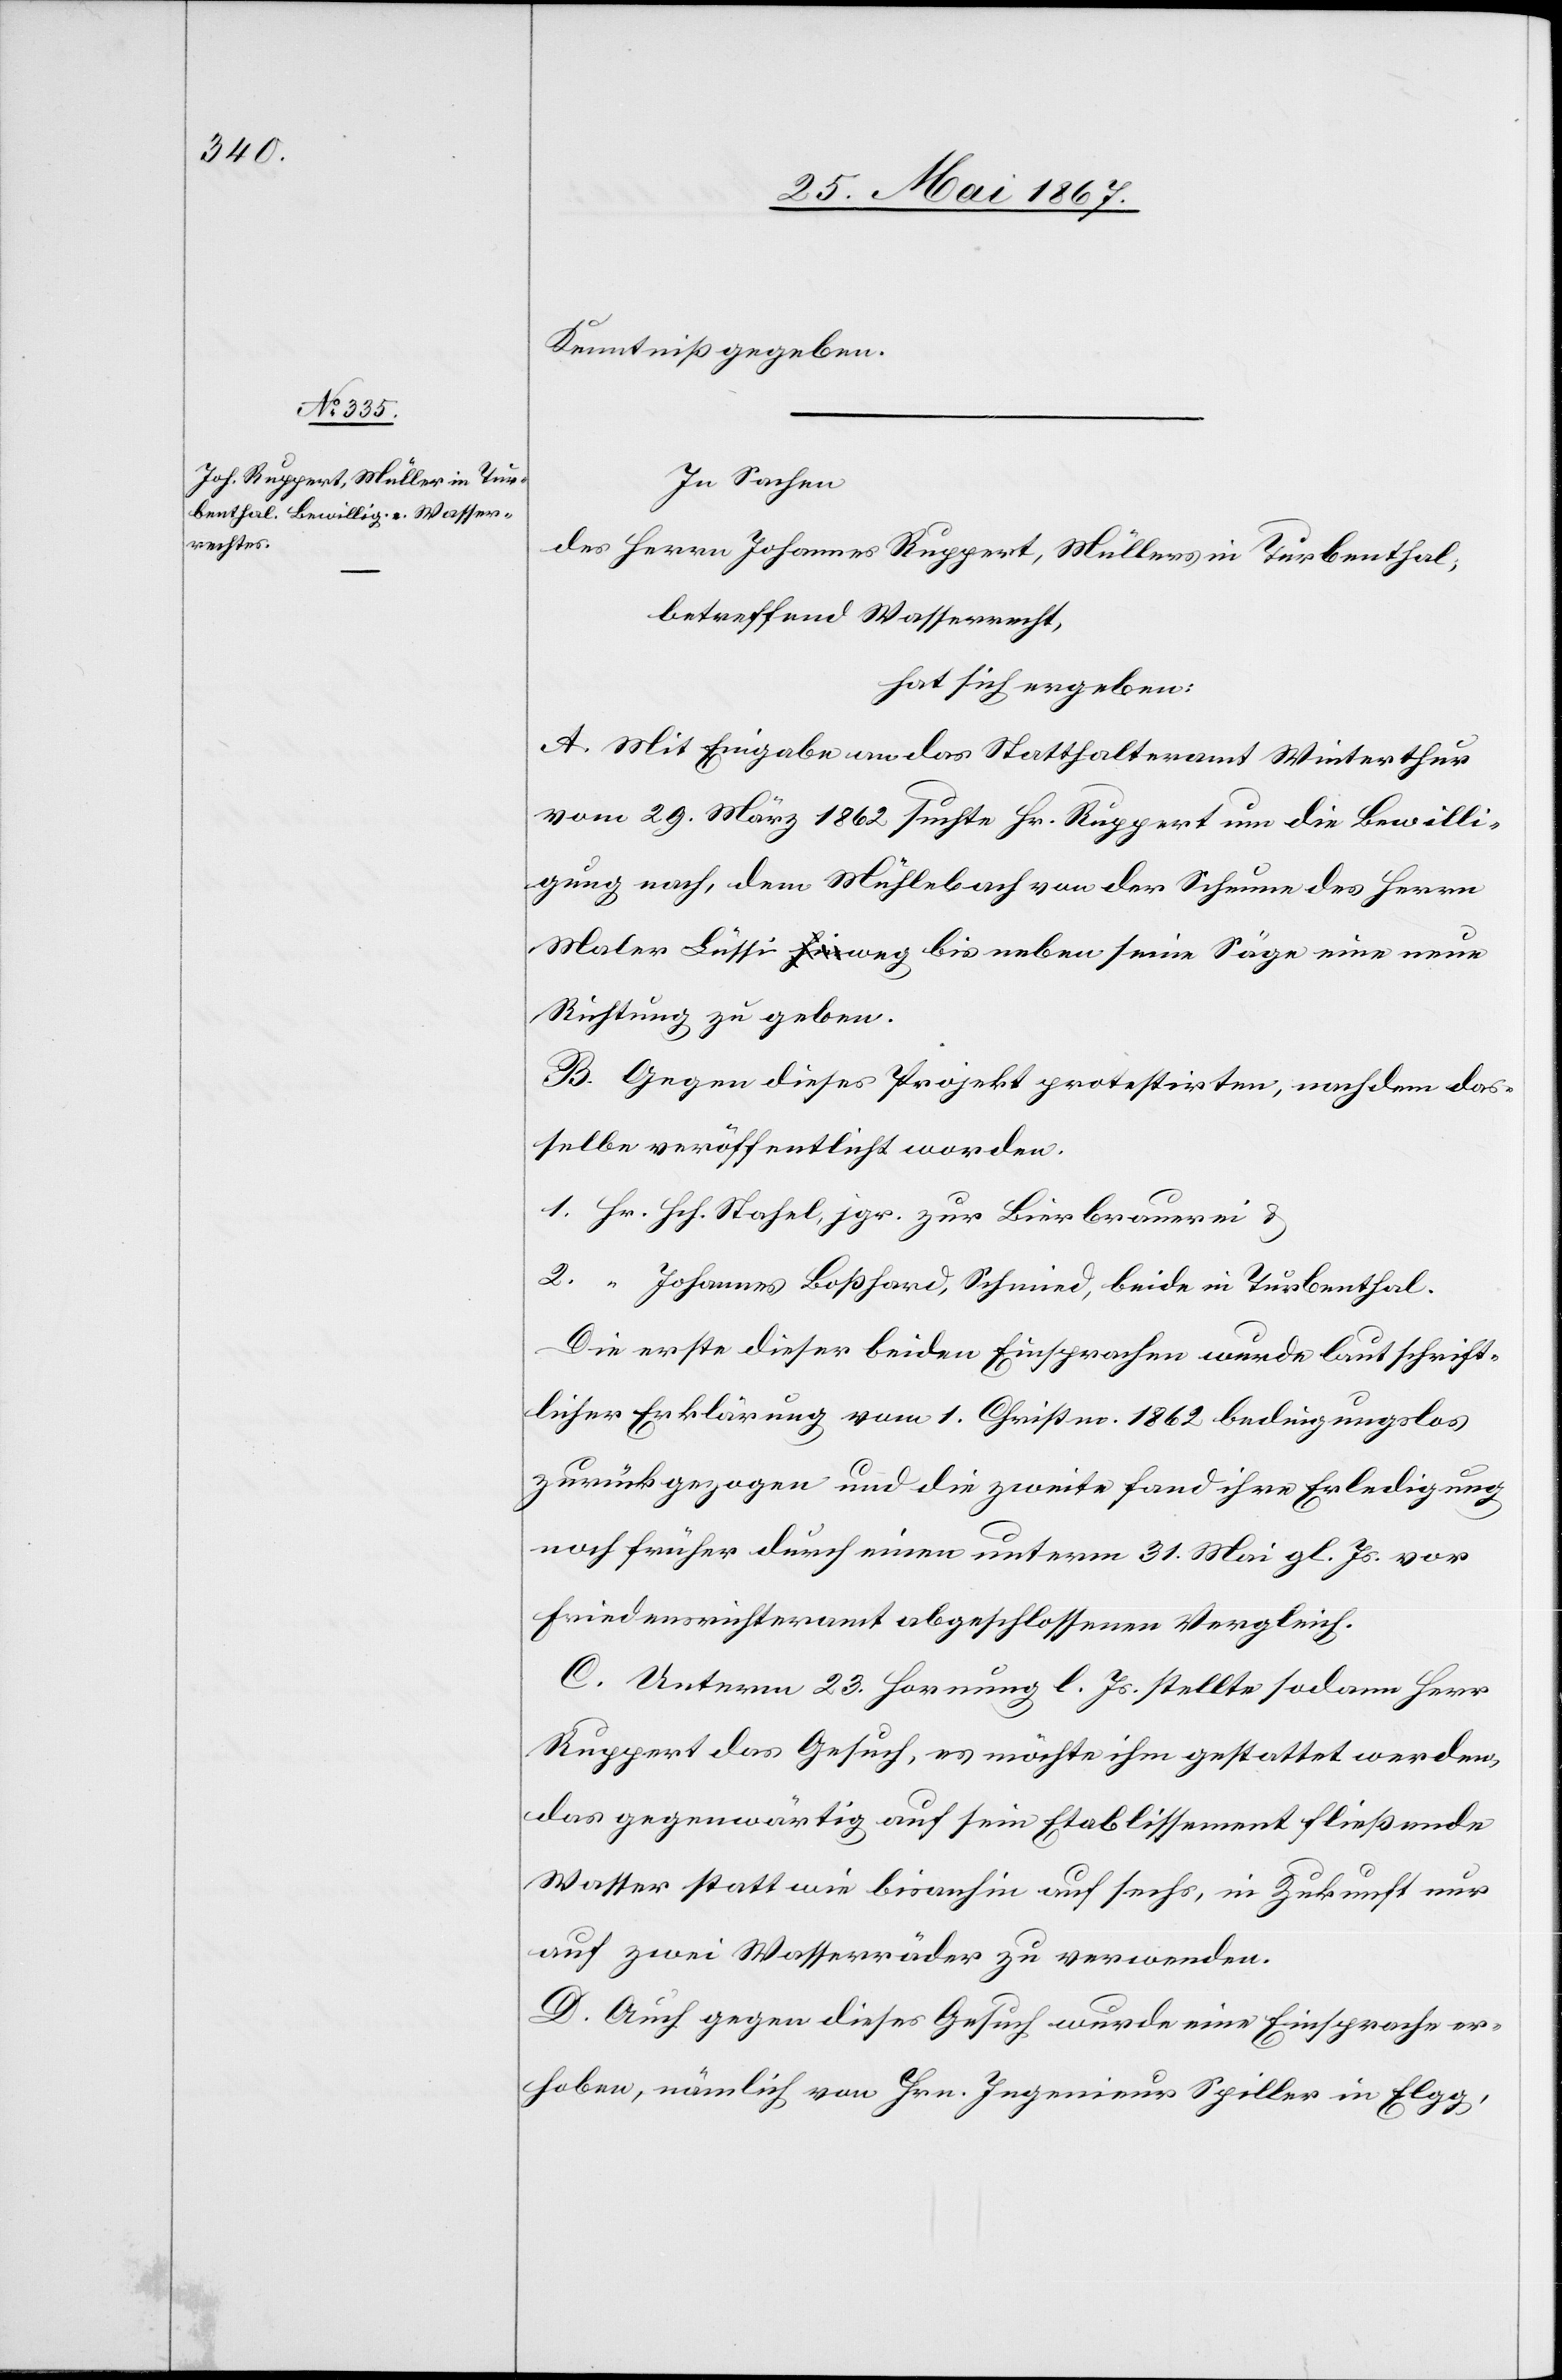
Kenntniß gegeben.
In Sachen
des Herrn Johannes Ruppert, Müllers in Turbenthal,
betreffend Wasserrecht,
hat sich ergeben:
A. Mit Eingabe an das Statthalteramt Winterthur
vom 29. März 1862 suchte Hr. Ruppert um die Bewilli¬
gung nach, dem Mühlebach von der Scheune des Herrn
Maler Lüssi weg bis neben seine Säge eine neue
Richtung zu geben.
B. Gegen dieses Projekt protestirten, nachdem das¬
selbe veröffentlicht worden.
1. Hr. Hch. Stahel, jgr. zur Bierbrauerei u.
2. “ Johannes Boßhard, Schmied, beide in Turbenthal.
Die erste dieser beiden Einsprachen wurde laut schrift¬
licher Erklärung vom 1. Christm. 1862 bedingungslos
zurückgezogen und die zweite fand ihre Erledigung
noch früher durch einen unterm 31. Mai gl. Js. vor
Friedensrichteramt abgeschlossenen Vergleich.
C. Unterm 23. Hornung l. Js. stellte sodann Herr
Ruppert das Gesuch, es möchte ihm gestattet werden,
das gegenwärtig auf sein Etablissement fließende
Wasser statt wie bisanhin auf sechs, in Zukunft nur
auf zwei Wasserräder zu verwenden.
D. Auch gegen dieses Gesuch wurde eine Einsprache er¬
hoben, nämlich von Hrn. Ingenieur Spiller in Elgg,